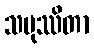
သမုဿိတာ